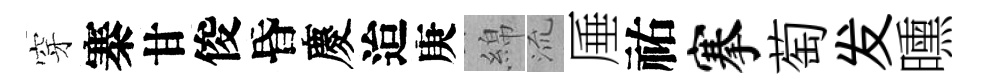
穿寨甘俊昏慶迨庚綿𣴑厜祐搴萄发曛